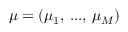
\boldsymbol { \mu } = ( \mu _ { 1 } , \, . . . , \, \mu _ { M } )